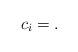
LaTeX: \begin{align*}c_i = .\end{align*}